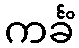
ကင်္ခံ